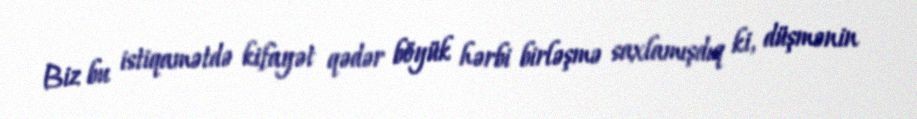
Biz bu istiqamətdə kifayət qədər böyük hərbi birləşmə saxlamışdıq ki, düşmənin